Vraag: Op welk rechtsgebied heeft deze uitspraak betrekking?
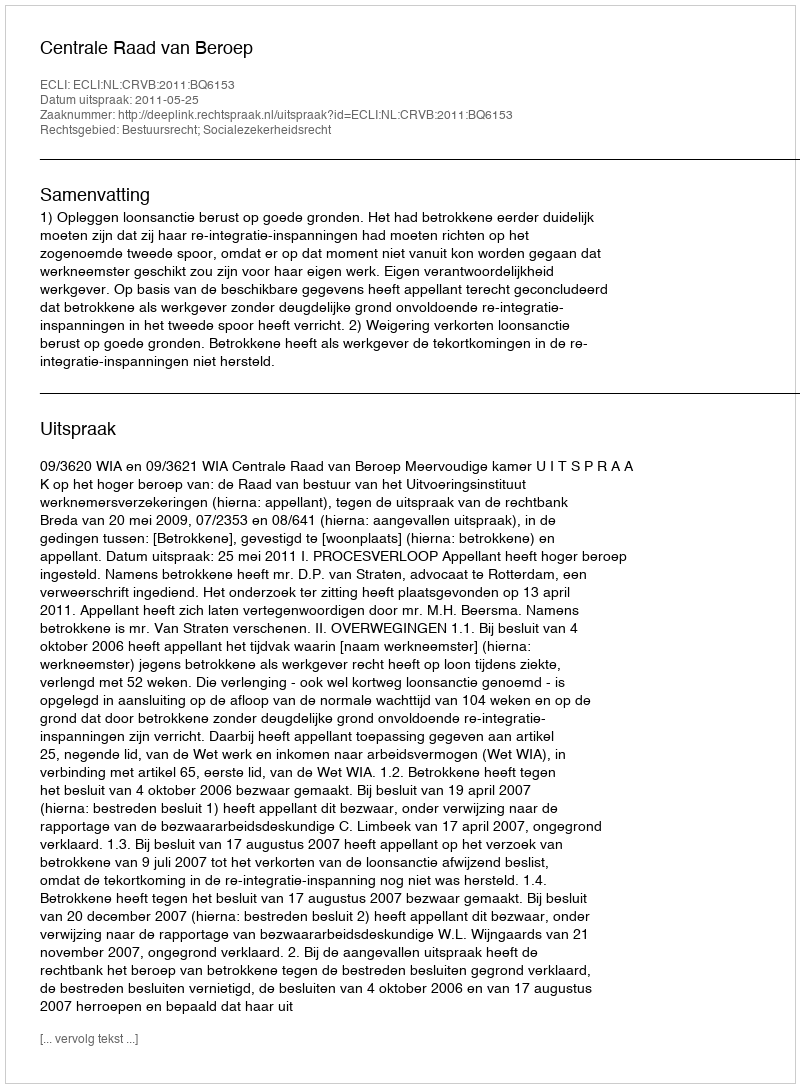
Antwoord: Bestuursrecht; Socialezekerheidsrecht